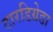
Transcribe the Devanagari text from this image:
टारडिग्रेडा